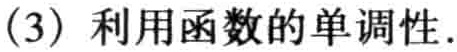
(3) 利用函数的单调性.